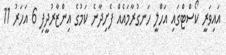
އައިވަރީ ކޯސްޓްގައި އަހްލީ ހަނގުރާމައެއް ފެށިދާނެ ކަމުގެ އިންޒާރުދީފި 6 އަހަރު 11